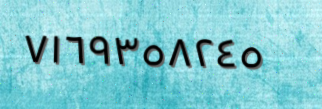
٧١٦٩٣٥٨٢٤٥